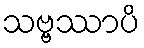
သဗ္ဗဿာပိ